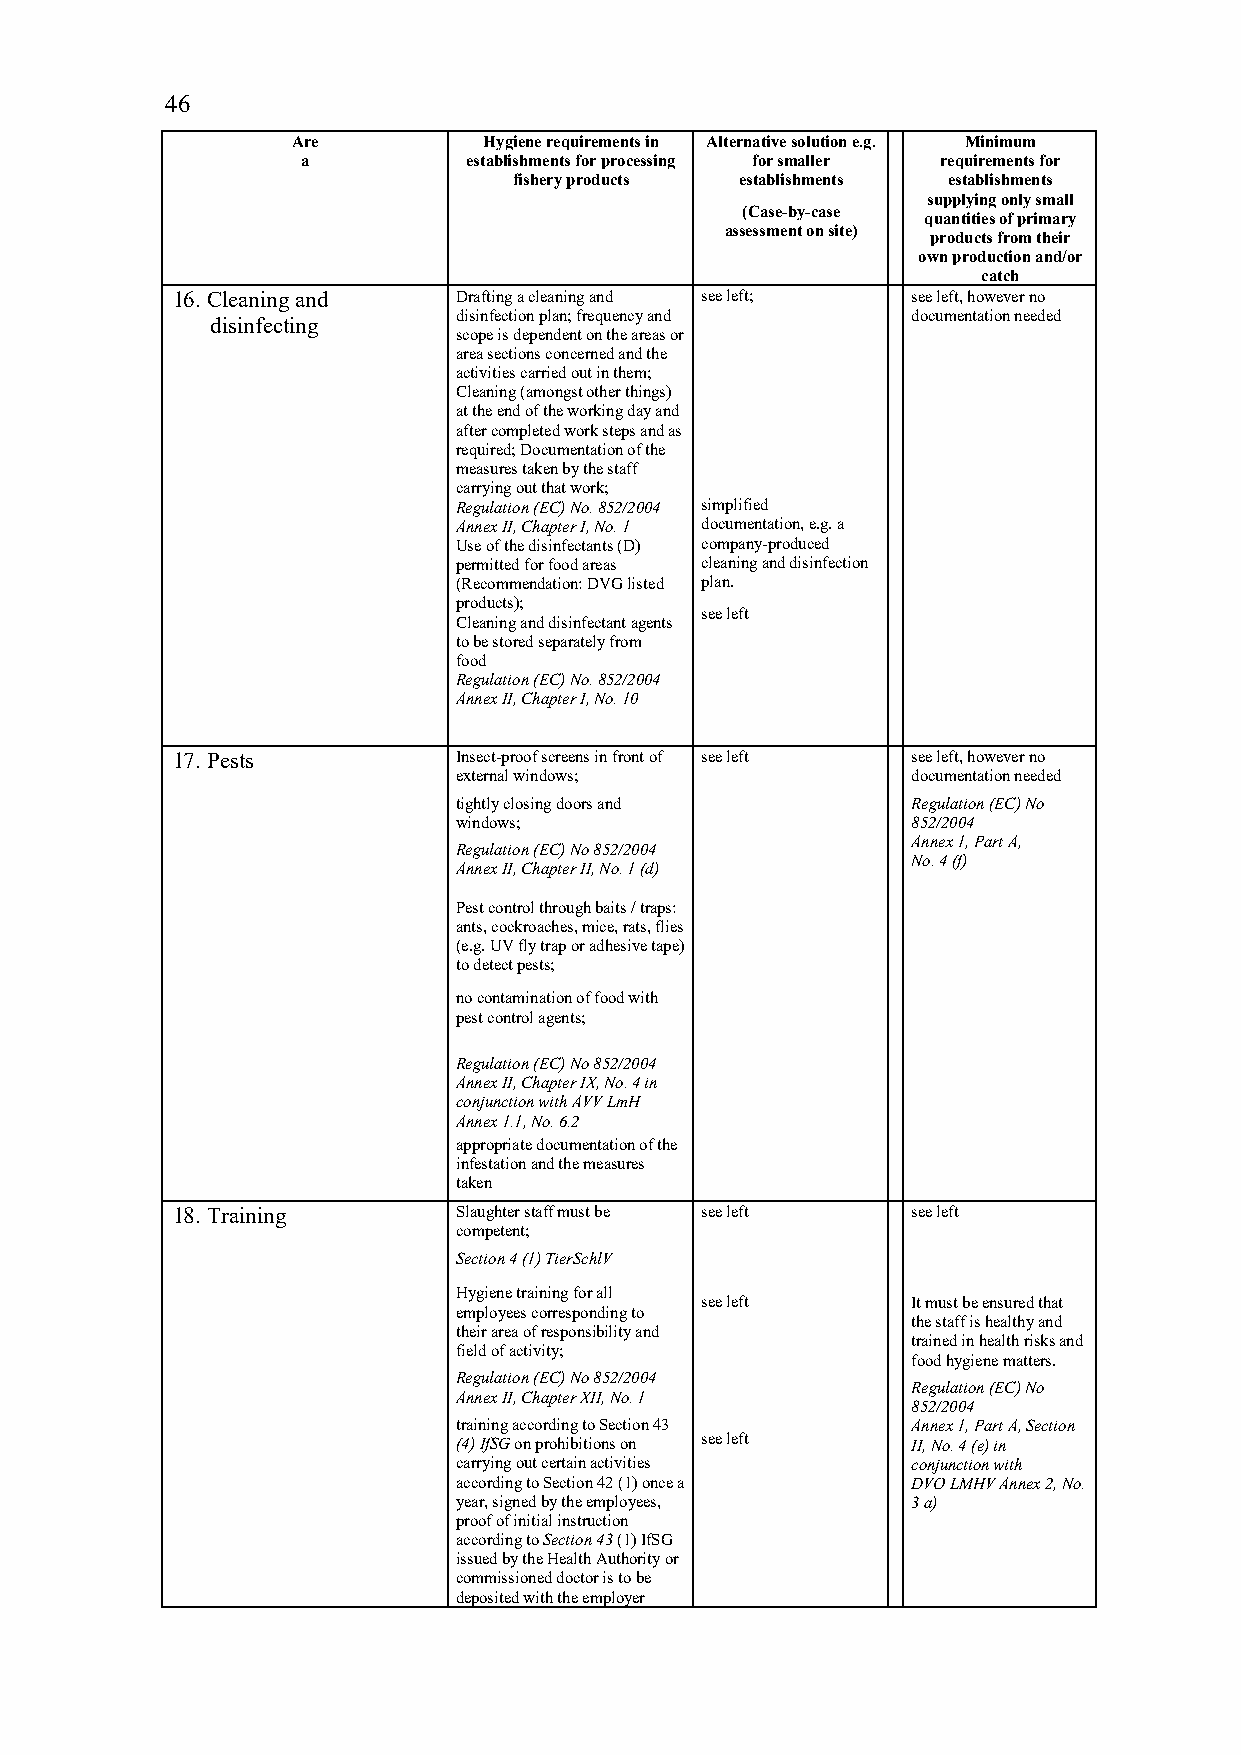
46
 Are          Hygiene requirements in Alternative solution e.g. Minimum
 a          establishments for processing for smaller requirements for
 fishery products establishments establishments
 supplying only small
 (Case-by-case
 quantities of primary
 assessment on site)
 products from their
 own production and/or
 catch
 16. Cleaning and   Drafting a cleaning and see left; see left, however no
 disinfection plan; frequency and documentation needed
 disinfecting
 scope is dependent on the areas or
 area sections concerned and the
 activities carried out in them;
 Cleaning (amongst other things)
 at the end of the working day and
 after completed work steps and as
 required; Documentation of the
 measures taken by the staff
 carrying out that work;
 Regulation (EC) No. 852/2004 simplified
 Annex II, Chapter I, No. 1 documentation, e.g. a
 Use of the disinfectants (D) company-produced
 permitted for food areas cleaning and disinfection
 (Recommendation: DVG listed plan.
 products);
 see left
 Cleaning and disinfectant agents
 to be stored separately from
 food
 Regulation (EC) No. 852/2004
 Annex II, Chapter I, No. 10
 17. Pests          Insect-proof screens in front of see left see left, however no
 external windows;             documentation needed
 tightly closing doors and     Regulation (EC) No
 windows;                      852/2004
 Annex 1, Part A,
 Regulation (EC) No 852/2004
 No. 4 (f)
 Annex II, Chapter II, No. 1 (d)
 Pest control through baits / traps:
 ants, cockroaches, mice, rats, flies
 (e.g. UV fly trap or adhesive tape)
 to detect pests;
 no contamination of food with
 pest control agents;
 Regulation (EC) No 852/2004
 Annex II, Chapter IX, No. 4 in
 conjunction with AVV LmH
 Annex 1.1, No. 6.2
 appropriate documentation of the
 infestation and the measures
 taken
 18. Training       Slaughter staff must be see left see left
 competent;
 Section 4 (1) TierSchlV
 Hygiene training for all
 see left      It must be ensured that
 employees corresponding to
 the staff is healthy and
 their area of responsibility and
 trained in health risks and
 field of activity;
 food hygiene matters.
 Regulation (EC) No 852/2004
 Regulation (EC) No
 Annex II, Chapter XII, No. 1
 852/2004
 training according to Section 43 Annex 1, Part A, Section
 (4) IfSG on prohibitions on see left II, No. 4 (e) in
 carrying out certain activities conjunction with
 according to Section 42 (1) once a DVO LMHV Annex 2, No.
 year, signed by the employees, 3 a)
 proof of initial instruction
 according to Section 43 (1) IfSG
 issued by the Health Authority or
 commissioned doctor is to be
 deposited with the employer